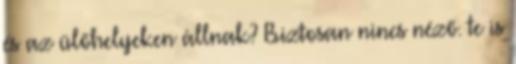
és az ülőhelyeken állnak? Biztosan nincs néző. te is